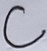
Text: C